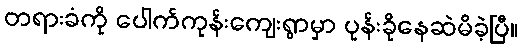
တရားခံကို ပေါက်ကုန်းကျေးရွာမှာ ပုန်းခိုနေဆဲမိခဲ့ပြီ။